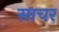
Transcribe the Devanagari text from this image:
साचर